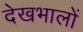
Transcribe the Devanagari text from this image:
देखभालों